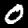
Label: 0